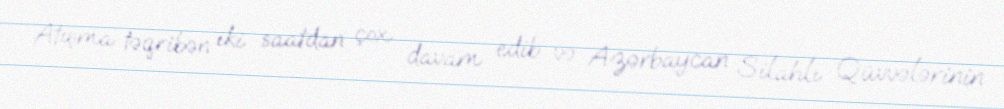
Atışma təqribən iki saatdan çox davam edib və Azərbaycan Silahlı Qüvvələrinin